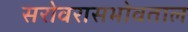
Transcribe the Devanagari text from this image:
सरोवरासभोवताल